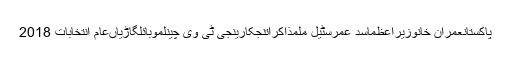
پاکستانعمران خانوزیراعظماسد عمرسٹیل ملمذاکراتنجکارینجی ٹی وی چینلموبائلگاڑیاںعام انتخابات 2018